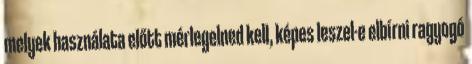
melyek használata előtt mérlegelned kell, képes leszel-e elbírni ragyogó